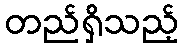
တည်ရှိသည့်